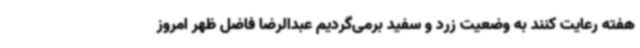
هفته رعایت کنند به وضعیت زرد و سفید برمی‌گردیم عبدالرضا فاضل ظهر امروز